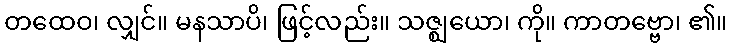
တထေဝ၊ လျှင်။ မနသာပိ၊ ဖြင့်လည်း။ သဇ္ဈယော၊ ကို။ ကာတဗ္ဗော၊ ၏။